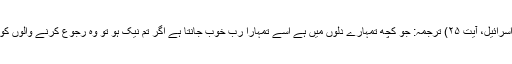
(القرآن سورہ بنی اسرائیل، آیت ۲۵) ترجمہ: جو کچھ تمہارے دلوں میں ہے اسے تمہارا رب خوب جانتا ہے اگر تم نیک ہو تو وہ رجوع کرنے والوں کو بخشنے والا ہے۔